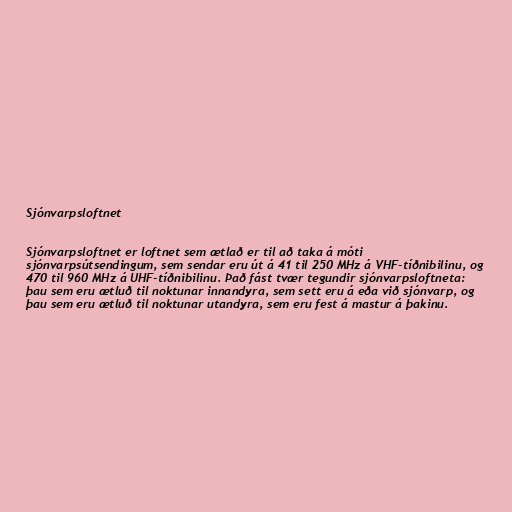
Sjónvarpsloftnet

Sjónvarpsloftnet er loftnet sem ætlað er til að taka á móti
sjónvarpsútsendingum, sem sendar eru út á 41 til 250 MHz á VHF-tíðnibilinu, og
470 til 960 MHz á UHF-tíðnibilinu. Það fást tvær tegundir sjónvarpsloftneta:
þau sem eru ætluð til noktunar innandyra, sem sett eru á eða við sjónvarp, og
þau sem eru ætluð til noktunar utandyra, sem eru fest á mastur á þakinu.